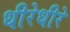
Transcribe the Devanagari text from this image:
धीरेधीरे